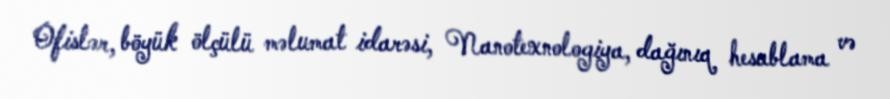
Ofislər, böyük ölçülü məlumat idarəsi, Nanotexnologiya, dağınıq hesablama və